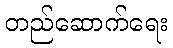
တည်ဆောက်ရေး